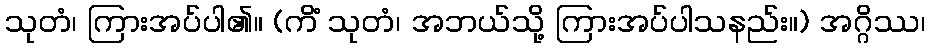
သုတံ၊ ကြားအပ်ပါ၏။ (ကိံ သုတံ၊ အဘယ်သို့ ကြားအပ်ပါသနည်း။) အဂ္ဂိဿ၊